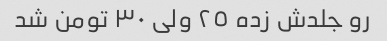
رو جلدش زده ٢٥ ولی ٣٠ تومن شد